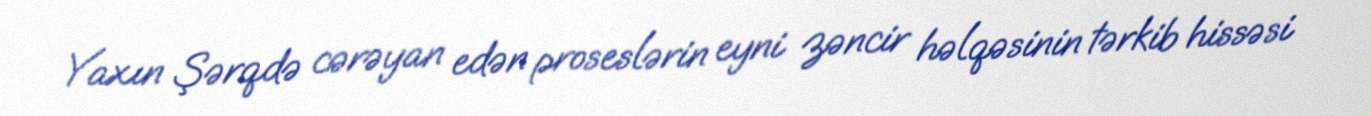
Yaxın Şərqdə cərəyan edən proseslərin eyni zəncir həlqəsinin tərkib hissəsi